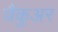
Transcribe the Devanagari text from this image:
वैंकुअर